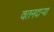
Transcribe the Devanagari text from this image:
वतनदार्‍या